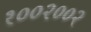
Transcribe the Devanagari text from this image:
१००२००२